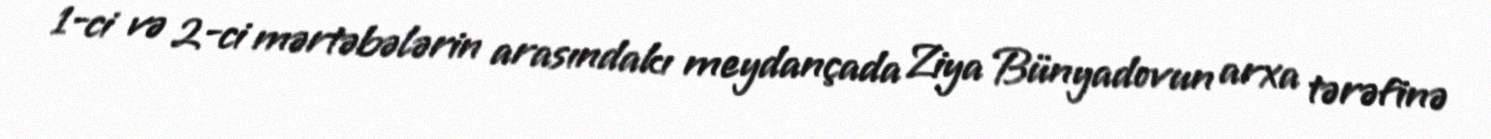
1-ci və 2-ci mərtəbələrin arasındakı meydançada Ziya Bünyadovun arxa tərəfinə